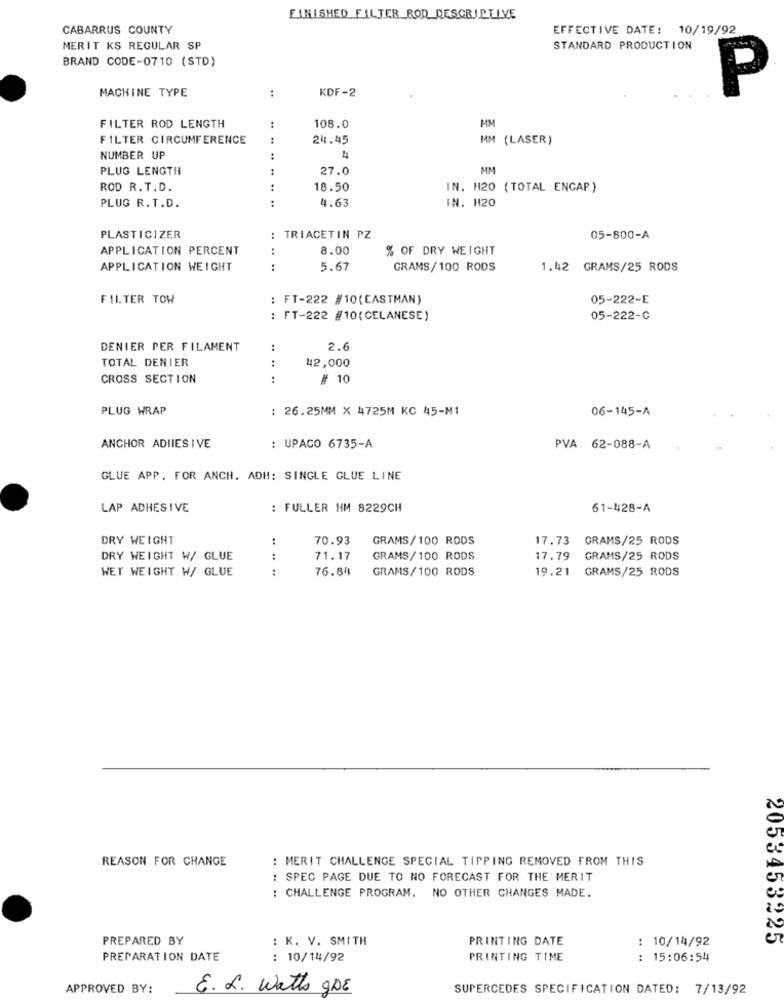
FINISHED FILTER ROD DESCRIPTIVE
CABARRUS COUNTY
EFFECTIVE DATE: 10/19/92
MERIT KS REGULAR SP
STANDARD PRODUCTION
BRAND CODE-0710 (STD)
MACHINE TYPE
:
KDF-2
P
FILTER ROD LENGTH
108.0
HM
FILTER CIRCUMFERENCE
24.45
MM (LASER)
NUMBER UP
:
4
PLUG LENGTH
27.0
MM
ROD R. T.D.
18.50
IN. H20 (TOTAL ENCAP)
.. .. ..
4.63
IN. H20
PLUG R.T.D.
PLASTICIZER
: TRIACETIN PZ
05-800-A
APPLICATION PERCENT
8.00
% OF DRY WEIGHT
APPLICATION WEIGHT
:
5.67
GRAMS/100 RODS
1.42 GRAMS/25 RODS
FILTER TOW
FT-222 #10(EASTMAN)
05-222-E
: FT-222 #10(CELANESE)
05-222-C
DENIER PER FILAMENT
..
2.6
:
42,000
TOTAL DENIER
CROSS SECTION
:
# 10
PLUG WRAP
: 26.25MM X 4725M KC 45-M1
06-145-A
ANCHOR ADIIES I VE
: UPACO 6735-A
PVA 62-088-A
GLUE APP. FOR ANCH. ADH: SINGLE GLUE LINE
LAP ADHESIVE
: FULLER HM 8229CH
61-428-A
DRY WEIGHT
70.93
GRAMS/100 RODS
17.73
GRAMS/25 RODS
DRY WEIGHT W/ GLUE
.. ..
71.17
GRAMS/100 RODS
17.79
GRAMS/25 RODS
WET WEIGHT W/ GLUE
76.84
GRAMS/100 RODS
19.21
GRAMS/25 RODS
REASON FOR CHANGE
: MERIT CHALLENGE SPECIAL TIPPING REMOVED FROM THIS
: SPEC PAGE DUE TO NO FORECAST FOR THE' MERIT
: CHALLENGE PROGRAM. NO OTHER CHANGES MADE.
PREPARED BY
: K. V. SMITH
PRINTING DATE
: 10/14/92
2053453245
PREPARATION DATE
: 10/14/92
PRINTING TIME
:
15:06:54
APPROVED BY:
E. L. Watts gDE
SUPERCEDES SPECIFICATION DATED: 7/13/92